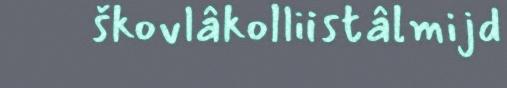
škovlâkolliistâlmijd